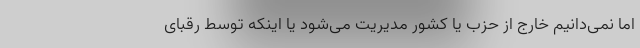
اما نمی‌دانیم خارج از حزب یا کشور مدیریت می‌شود یا اینکه توسط رقبای